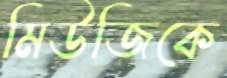
মিউজিকে